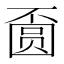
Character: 𱖅